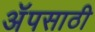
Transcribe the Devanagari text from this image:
अॅपसाठी